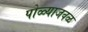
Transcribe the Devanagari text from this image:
पोळ्याजवळ